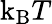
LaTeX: \mathrm{k_{B}}T